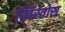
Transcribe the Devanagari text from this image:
ख्रिस्तोस